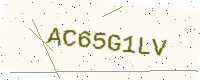
Text: AC65G1LV